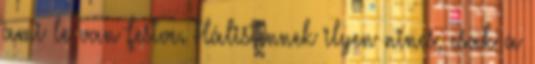
ami le van festve. Hálistennek ilyen nincs, csak a